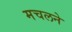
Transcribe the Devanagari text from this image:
मचलने